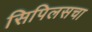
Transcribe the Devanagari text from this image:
सिपिलसचा